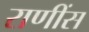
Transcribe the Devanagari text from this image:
राणींस